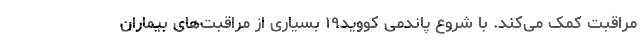
مراقبت کمک می‌کند. با شروع پاندمی کووید۱۹ بسیاری از مراقبت‌های بیماران